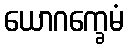
ယောဂက္ခေမံ